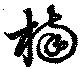
楠